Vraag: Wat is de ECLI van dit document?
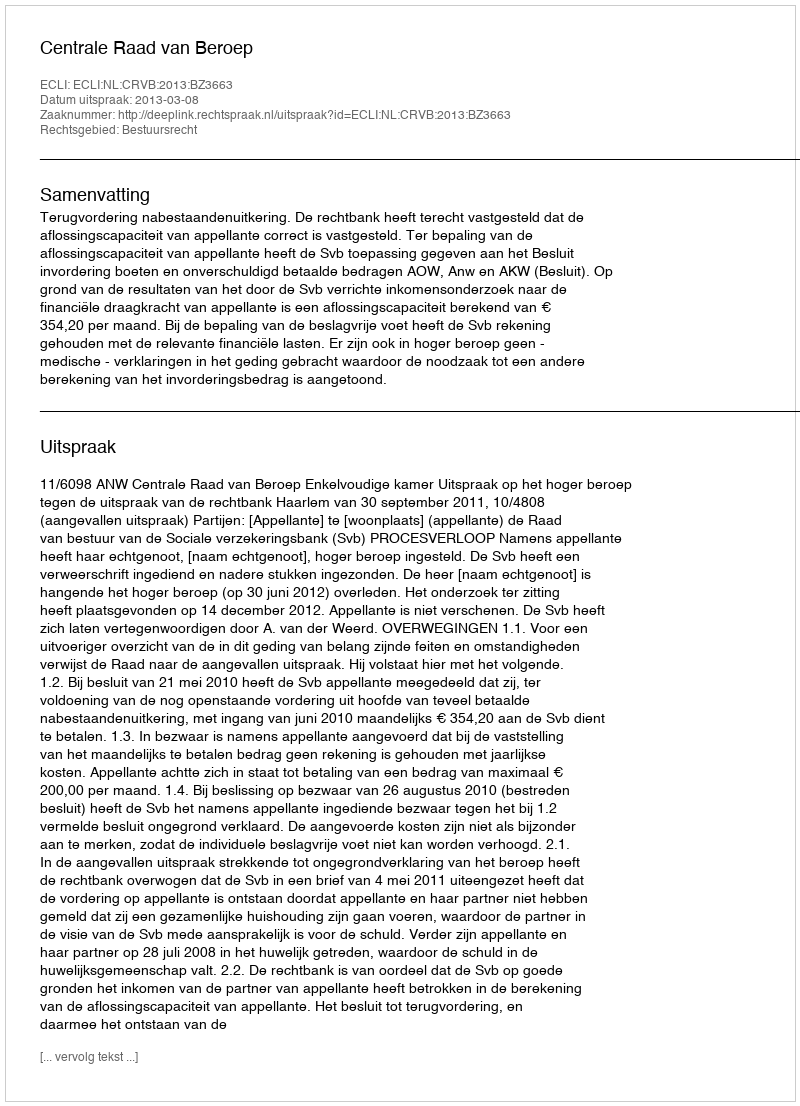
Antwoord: ECLI:NL:CRVB:2013:BZ3663